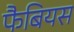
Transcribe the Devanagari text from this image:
फैबियस